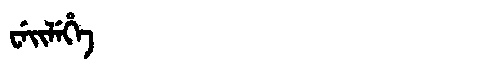
Manchu: ᠸᡝᡳᠯᡝᡥᡝ
Romanization: WEILEHE